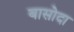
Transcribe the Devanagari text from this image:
बासोदा